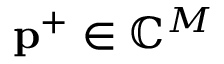
\ensuremath { \mathbf { p } } ^ { + } \in \mathbb { C } ^ { M }